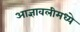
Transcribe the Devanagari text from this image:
आज्ञावलीमध्ये